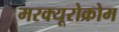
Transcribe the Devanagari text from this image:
मरक्यूरोक्रोम